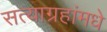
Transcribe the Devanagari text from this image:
सत्याग्रहांमधे